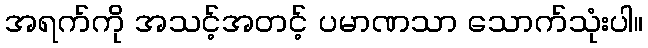
အရက်ကို အသင့်အတင့် ပမာဏသာ သောက်သုံးပါ။